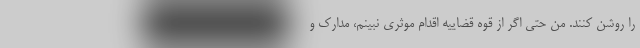
را روشن کنند. من حتی اگر از قوه قضاییه اقدام موثری نبینم، مدارک و